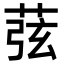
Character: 𦱁